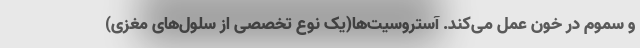
و سموم در خون عمل می‌کند. آستروسیت‌ها(یک نوع تخصصی از سلول‌های مغزی)